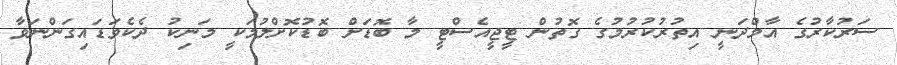
ސަރުކާރުގެ އާމްދަނީ އިތުރުކުރުމުގެ ގޮތުން ޓީޖީއެސްޓީ މާ ބޮޑަށް ބޮޑުކޮށްލުމަކީ މަނިކު ދެކެވަޑައިގަންނަވާ